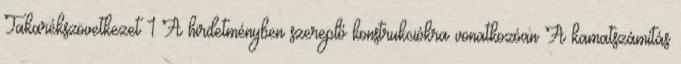
Takarékszövetkezet 1 A hirdetményben szereplő konstrukciókra vonatkozóan A kamatszámítás